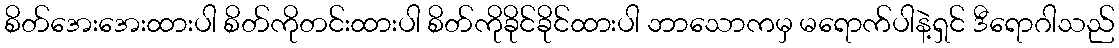
စိတ်အေးအေးထားပါ စိတ်ကိုတင်းထားပါ စိတ်ကိုခိုင်ခိုင်ထားပါ ဘာသောကမှ မရောက်ပါနဲ့ရှင် ဒီရောဂါသည်